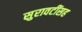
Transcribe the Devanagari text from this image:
सुरावटींसह